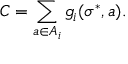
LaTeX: C = \sum _ { a \in A _ { i } } g _ { i } ( \sigma ^ { * } , a ) .